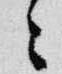
々